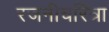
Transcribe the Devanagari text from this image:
रजनीचरित्रा